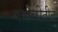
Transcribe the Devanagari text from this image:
पातळीतील